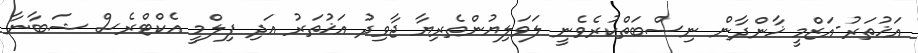
އަޚުތަރު-އަޒްމީ ޚާންދާން ނިސްބަތްކުރެވެނީ ލަވަލިޔުންތެރިޔާ ޖާވިދު އަޚުތަރު އަދި ފިލްމީ އެކްޓްރެސް ޝަބާނާ